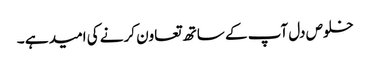
خلوص دل آپ کے ساتھ تعاون کرنے کی امید ہے ۔